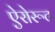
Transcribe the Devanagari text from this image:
ऐरोरूट